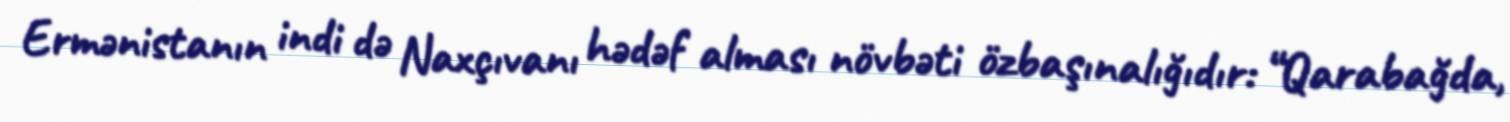
Ermənistanın indi də Naxçıvanı hədəf alması növbəti özbaşınalığıdır: “Qarabağda,